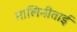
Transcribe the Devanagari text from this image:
मालिनीताई